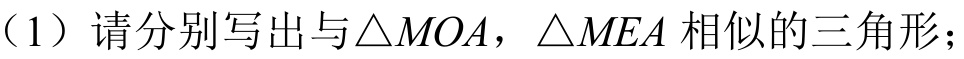
（1）请分别写出与\(\triangle MOA\)，\(\triangle MEA\) 相似的三角形；